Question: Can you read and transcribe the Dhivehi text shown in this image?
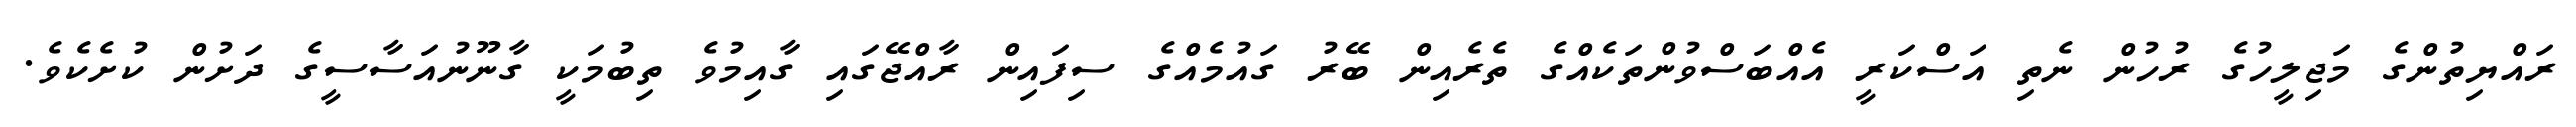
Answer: ރައްޔިތުންގެ މަޖިލީހުގެ ރުހުން ނެތި އަސްކަރީ އެއްބަސްވުންތަކެއްގެ ތެރެއިން ބޭރު ގައުމެއްގެ ސިފައިން ރާއްޖޭގައި ގާއިމުވެ ތިބުމަކީ ގާނޫނުއަސާސީގެ ދަށުން ކުށެކެވެ.